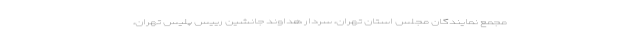
مجمع نمایندگان مجلس استان تهران، سردار هداوند جانشین رییس پلیس تهران،